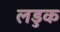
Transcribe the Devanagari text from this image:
लडुक